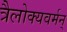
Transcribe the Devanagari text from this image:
त्रैलोक्यवर्मन्‌